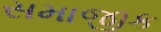
સમાજીક